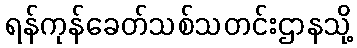
ရန်ကုန်ခေတ်သစ်သတင်းဌာနသို့